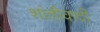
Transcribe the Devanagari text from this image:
शांतीवादी